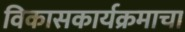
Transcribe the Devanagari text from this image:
विकासकार्यक्रमाचा